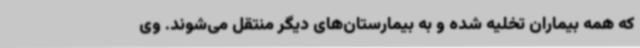
که همه بیماران تخلیه شده و به بیمارستان‌های دیگر منتقل می‌شوند. وی